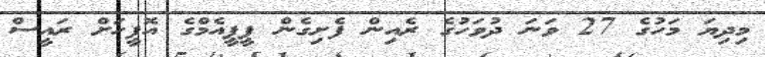
މިދިޔަ މަހުގެ 27 ވަނަ ދުވަހުގެ ރެއިން ފެށިގެން ޕީޕީއެމްގެ އޮފީހަށް ރައީސް